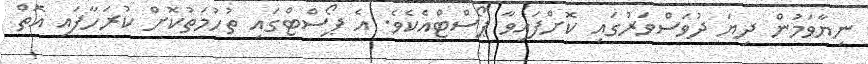
ނިޔާވަމުން ދިޔަ ދުވަސްވަރުގައި ކޮށްފައިވާ ޕޯސްޓްއެކެވެ. އެ ޕޯސްޓްގައި ތުހުމަތުކޮށް ކުރަހާފައި އޮތް